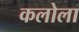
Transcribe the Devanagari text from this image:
कलोला